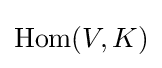
\operatorname {Hom} (V,K)